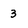
Character: 3